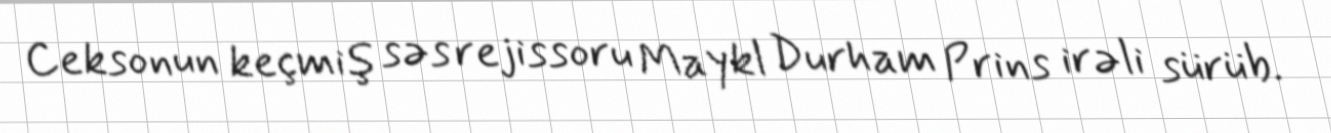
Ceksonun keçmiş səs rejissoru Maykl Durham Prins irəli sürüb.